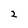
Character: 2